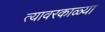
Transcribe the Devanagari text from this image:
त्यावरकाळ्या